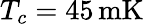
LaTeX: T_{c}=45\, \mathrm{mK}